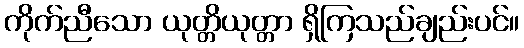
ကိုက်ညီသော ယုတ္တိယုတ္တာ ရှိကြသည်ချည်းပင်။